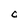
Character: C